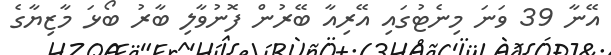
އޭނާ 39 ވަނަ މިނެޓުގައި އޭރިއާ ބޭރުން ފޮނުވާލި ބާރު ބޯޅަ މާޒިޔާގެ